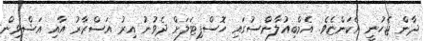
ދާން ޖެހުނީ އެކަންޏެވެ. އެމްބިއުލާންސުގައި ހޮސްޕިޓަލަށް ދެވުނު އިރު އަސްރާރު އާއި އަޝްވިން